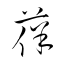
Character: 葆